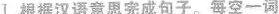
Ⅰ.根据汉语意思完成句子。每空一词